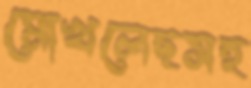
মোখলেছসহ